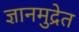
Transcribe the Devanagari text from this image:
ज्ञानमुद्रेत